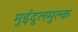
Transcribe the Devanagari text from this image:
मुईदुलमुल्क